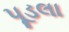
પૂડલા